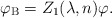
\begin{align*}\varphi _{{\rm B}}=Z_{1}(\lambda ,n)\varphi .\end{align*}